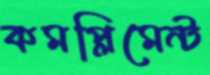
কমপ্লিমেন্ট